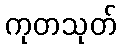
ကုတသုတ်